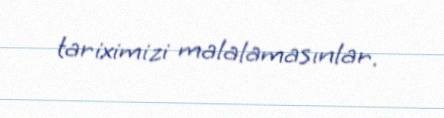
tariximizi malalamasınlar.